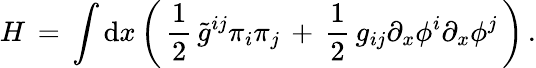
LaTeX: H\, =\, \int\mathrm{d}x\left(\, {\frac{{1}}{{2}}}\, \tilde{{g}}^{ij}\pi_{i}\pi_{j}\, +\, {\frac{{1}}{{2}}}\, g_{ij}\partial_{x}\phi^{i}\partial_{x}\phi^{j}\, \right)\, .